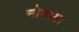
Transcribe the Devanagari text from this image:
मोशाब।